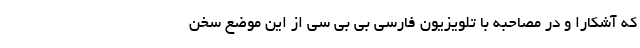
که آشکارا و در مصاحبه با تلویزیون فارسی بی بی سی از این موضع سخن